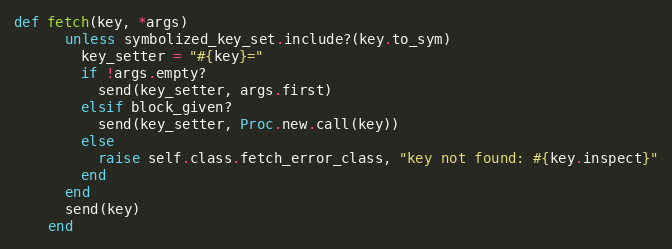
Language: Ruby
def fetch(key, *args)
      unless symbolized_key_set.include?(key.to_sym)
        key_setter = "#{key}="
        if !args.empty?
          send(key_setter, args.first)
        elsif block_given?
          send(key_setter, Proc.new.call(key))
        else
          raise self.class.fetch_error_class, "key not found: #{key.inspect}"
        end
      end
      send(key)
    end